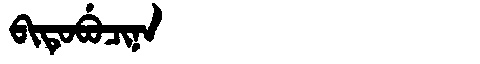
Manchu: ᠪᡳᡨᡠᠪᡠᠴᡳᠨᠠ
Romanization: BITUBUCINA